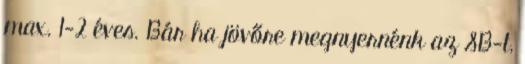
max. 1-2 éves. Bár ha jövőre megnyernénk az SB-t,